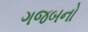
ગજબનો